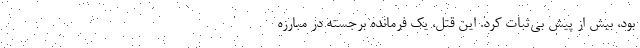
بود، بیش از پیش بی‌ثبات کرد. این قتل، یک فرمانده برجسته در مبارزه